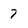
Character: 7